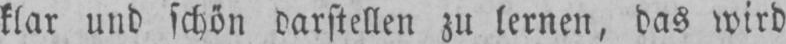
klar und schön darstellen zu lernen, das wird